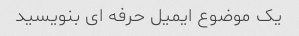
یک موضوع ایمیل حرفه ای بنویسید